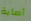
أصابة